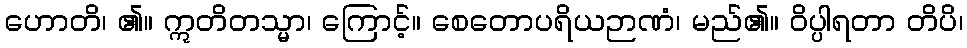
ဟောတိ၊ ၏။ ဣတိတသ္မာ၊ ကြောင့်။ စေတောပရိယဉာဏံ၊ မည်၏။ ဝိပ္ပါရတာ တိပိ၊